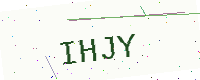
Text: IHJY